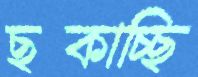
ছট্‌কাচ্ছি